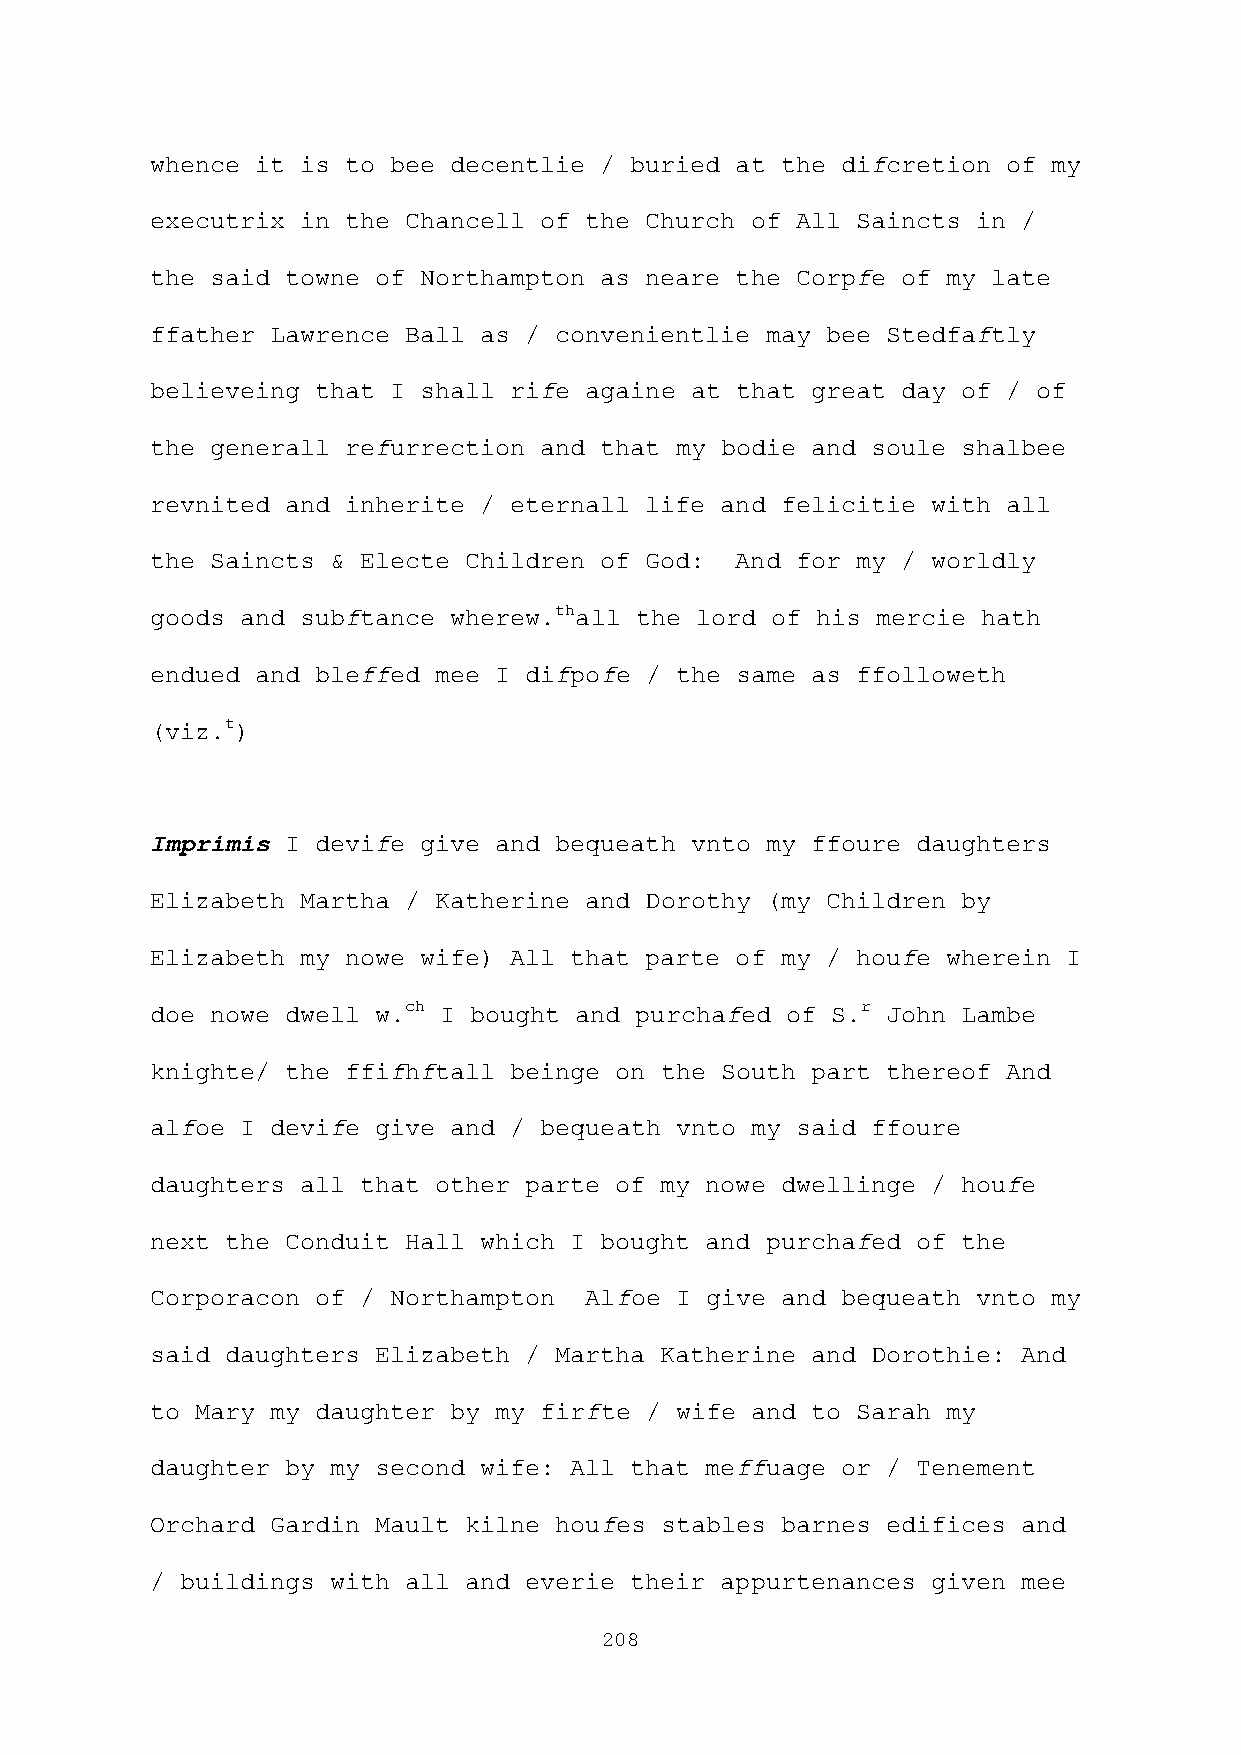
whence it is to bee decentlie / buried at the difcretion of my
 executrix in the Chancell of the Church of All Saincts in /
 the said towne of Northampton as neare the Corpfe of my late
 ffather Lawrence Ball as / convenientlie may bee Stedfaftly
 believeing that I shall rife againe at that great day of / of
 the generall refurrection and that my bodie and soule shalbee
 revnited and inherite / eternall life and felicitie with all
 the Saincts & Electe Children of God:  And for my / worldly
 goods and subftance wherew.thall the lord of his mercie hath
 endued and bleffed mee I difpofe / the same as ffolloweth
 (viz.t)
 Imprimis I devife give and bequeath vnto my ffoure daughters
 Elizabeth Martha / Katherine and Dorothy (my Children by
 Elizabeth my nowe wife) All that parte of my / houfe wherein I
 doe nowe dwell w.ch I bought and purchafed of S.r John Lambe
 knighte/ the ffifhftall beinge on the South part thereof And
 alfoe I devife give and / bequeath vnto my said ffoure
 daughters all that other parte of my nowe dwellinge / houfe
 next the Conduit Hall which I bought and purchafed of the
 Corporacon of / Northampton  Alfoe I give and bequeath vnto my
 said daughters Elizabeth / Martha Katherine and Dorothie: And
 to Mary my daughter by my firfte / wife and to Sarah my
 daughter by my second wife: All that meffuage or / Tenement
 Orchard Gardin Mault kilne houfes stables barnes edifices and
 / buildings with all and everie their appurtenances given mee
 208